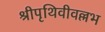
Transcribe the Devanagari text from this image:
श्रीपृथिवीवल्लभ